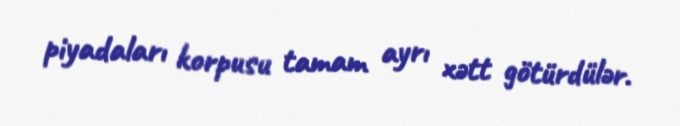
piyadaları korpusu tamam ayrı xətt götürdülər.